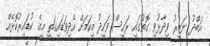
އަބްދު ނަޒީރު ވިދާޅުވި ގޮތުގައި ރައީސް ވަހީދު މިކަމަށް އެދިވަޑައިގަތީ މީގެ ކުޑައިރުކޮޅެއް